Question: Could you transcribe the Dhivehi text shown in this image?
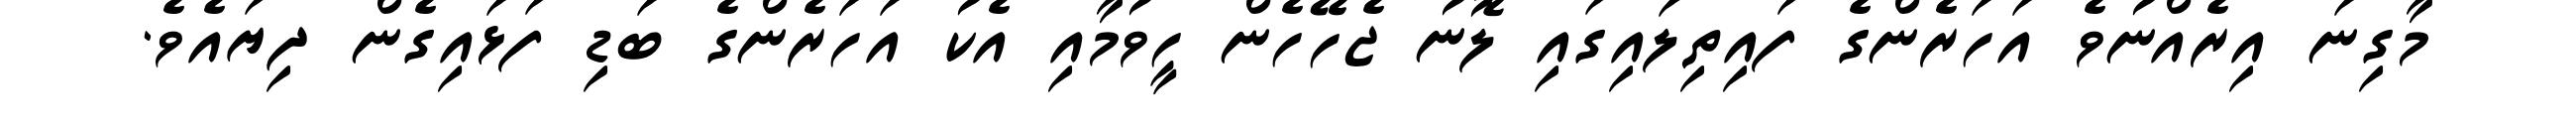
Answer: މާގިނަ އިރެއްނުވެ އަހަރެންގެ ފައިތިލައިގައި ލޮނު ޖެހޭހެން ހީވުމާއި އެކު އަހަރެންގެ ބަޑި ފަޅައިގެން ދިޔައެވެ.